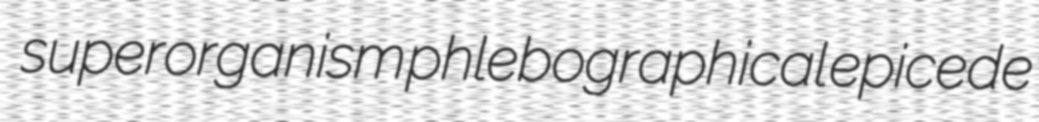
superorganism phlebographical epicede